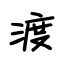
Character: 渡